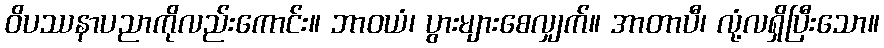
ဝိပဿနာပညာကိုလည်းကောင်း။ ဘာဝယံ၊ ပွားများစေလျှက်။ အာတာပီ၊ လုံ့လရှိပြီးသော။